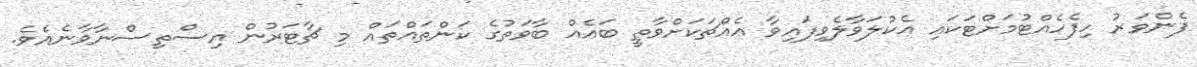
ފެންވަރު ހިފެހެއްޓުމަށްޓަކައި އެކުލަވާލެވިފައިވާ އެއްޗަކަށްވާތީ ބައެއް ބާވަތުގެ ކަންތައްތައް މި ޗާޓަރުން އިސްތިސްނާވާނެއެވެ.